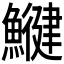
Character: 𩻥